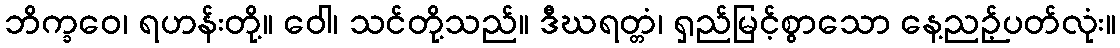
ဘိက္ခဝေ၊ ရဟန်းတို့။ ဝေါ၊ သင်တို့သည်။ ဒီဃရတ္တံ၊ ရှည်မြင့်စွာသော နေ့ညဉ့်ပတ်လုံး။